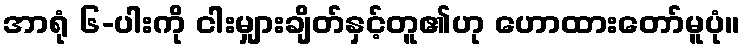
အာရုံ ၆-ပါးကို ငါးမျှားချိတ်နှင့်တူ၏ဟု ဟောထားတော်မူပုံ။